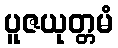
ပူဇယုတ္တမံ